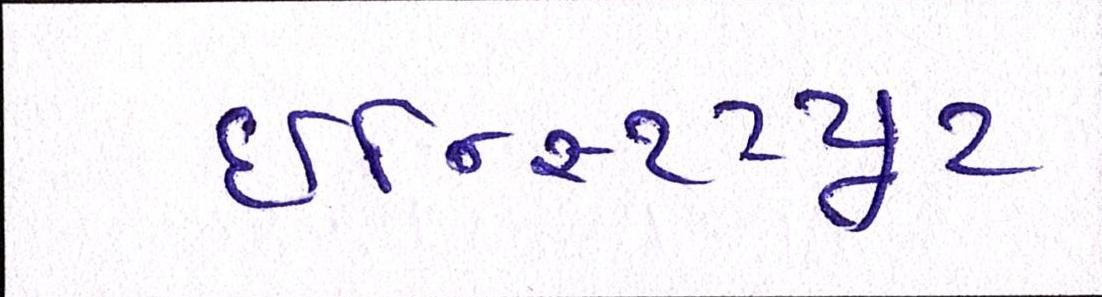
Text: ઇન્સ્ટિટ્યૂટ